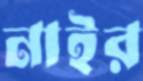
নাইর